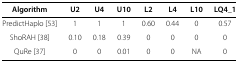
| Algorithm | U2 | U4 | U10 | L2 | L4 | L10 | LQ4_1 |
 | --- | --- | --- | --- | --- | --- | --- | --- |
 | PredictHaplo [53] | 1 | 1 | 1 | 0.60 | 0.44 | 0 | 0.57 |
 | ShoRAH [38] | 0.10 | 0.18 | 0.39 | 0 | 0 | 0 | 0 |
 | QuRe [37] | 0 | 0 | 0.01 | 0 | 0 | NA | 0 |